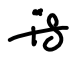
Text: is
Cross-out: single-line
Writing tool: digital_black